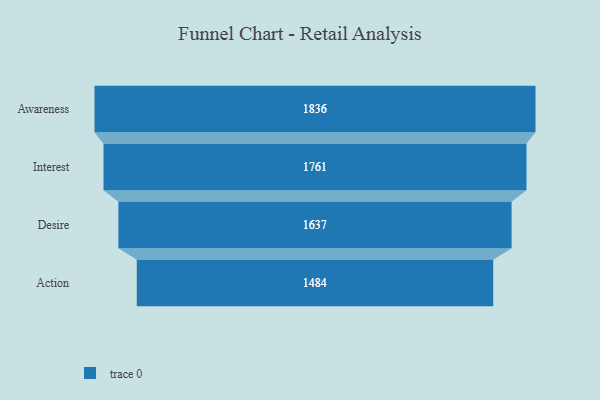
{"axis": {"x": "Stage", "y": "Value"}, "legend": [""], "data": [{"x": "Awareness", "y": 1836.0, "type": ""}, {"x": "Interest", "y": 1761.0, "type": ""}, {"x": "Desire", "y": 1637.0, "type": ""}, {"x": "Action", "y": 1484.0, "type": ""}]}